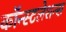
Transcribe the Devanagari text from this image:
कॉन्स्टलेशन्स